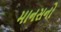
માનસનો